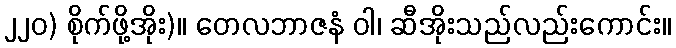
၂၂၀) စိုက်ဖို့အိုး)။ တေလဘာဇနံ ဝါ၊ ဆီအိုးသည်လည်းကောင်း။